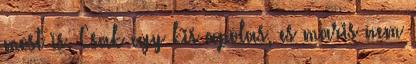
most is. Csak egy kis apolas, es maris nem